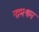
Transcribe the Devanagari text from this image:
नामश्रम